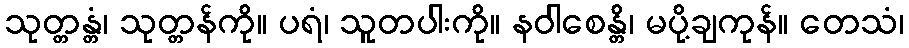
သုတ္တန္တံ၊ သုတ္တန်ကို။ ပရံ၊ သူတပါးကို။ နဝါစေန္တိ၊ မပို့ချကုန်။ တေသံ၊